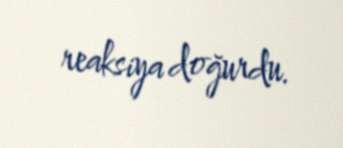
reaksiya doğurdu.